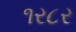
૧ર૮ર